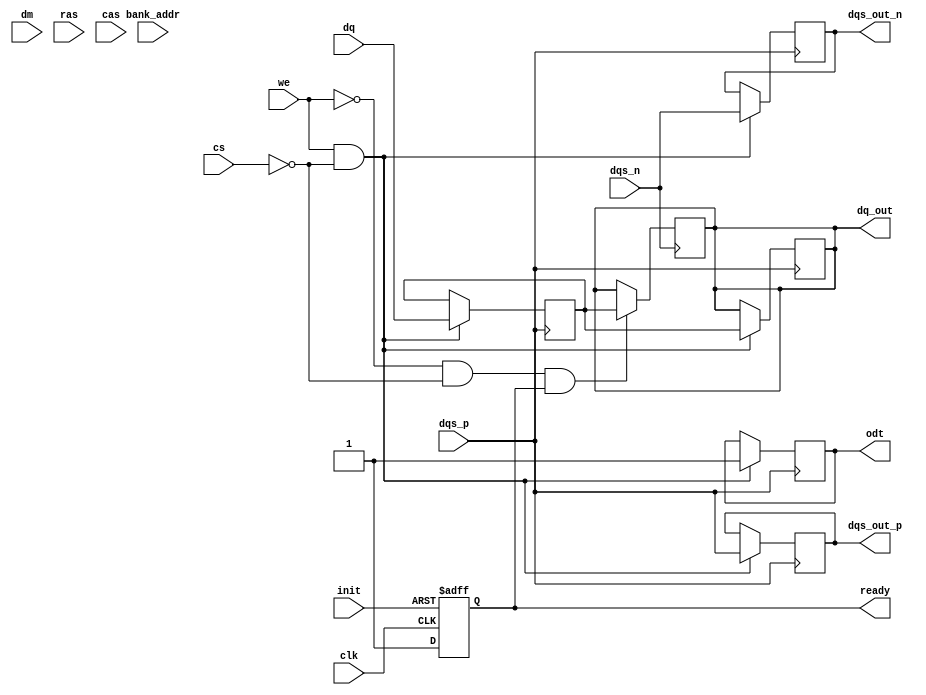
module ddr4_sdram_io (
    input wire clk,                // System clock
    input wire [DataWidth-1:0] dq, // Data lines
    input wire [DataMaskWidth-1:0] dm, // Data mask lines
    input wire dqs_p,             // Positive DQS
    input wire dqs_n,             // Negative DQS
    input wire ras,               // Row Address Strobe
    input wire cas,               // Column Address Strobe
    input wire we,                // Write Enable
    input wire cs,                // Chip Select
    output reg [DataWidth-1:0] dq_out, // Output data lines
    output reg dqs_out_p,         // Output DQS positive
    output reg dqs_out_n,         // Output DQS negative
    output reg odt,               // On-Die Termination
    input wire [3:0] bank_addr,   // Bank address for multi-bank access
    input wire init,              // Initialization signal
    output reg ready              // Ready signal for operation
);

parameter DataWidth = 64;            // Data width (in bits)
parameter DataMaskWidth = 8;         // Data mask width (in bits)

// Internal signals
reg [DataWidth-1:0] data_buffer;   // Data buffer
reg [DataMaskWidth-1:0] mask_buffer; // Mask buffer
reg [3:0] state;                    // State machine

// Initialization sequence
always @(posedge clk or negedge init) begin
    if (!init) begin
        ready <= 1'b0;
        // Reset and configure DDR4 memory
    end else begin
        ready <= 1'b1; // Indicate ready for operation
    end
end

// Write operation
always @(posedge dqs_p) begin
    if (we && !cs) begin
        // Capture data on rising edge of DQS
        data_buffer <= dq;
        mask_buffer <= dm;
        // Output the data
        dq_out <= data_buffer;
        dqs_out_p <= dqs_p;
        dqs_out_n <= dqs_n;
        odt <= 1'b1; // Enable ODT
    end
end

// Read operation
always @(negedge dqs_n) begin
    if (!we && !cs && ready) begin
        // Data is available for read
        dq_out <= data_buffer; // Send data out
    end
end

// Timing management, write leveling, etc. would go here

endmodule